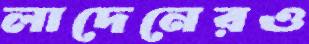
লাদেনেরও